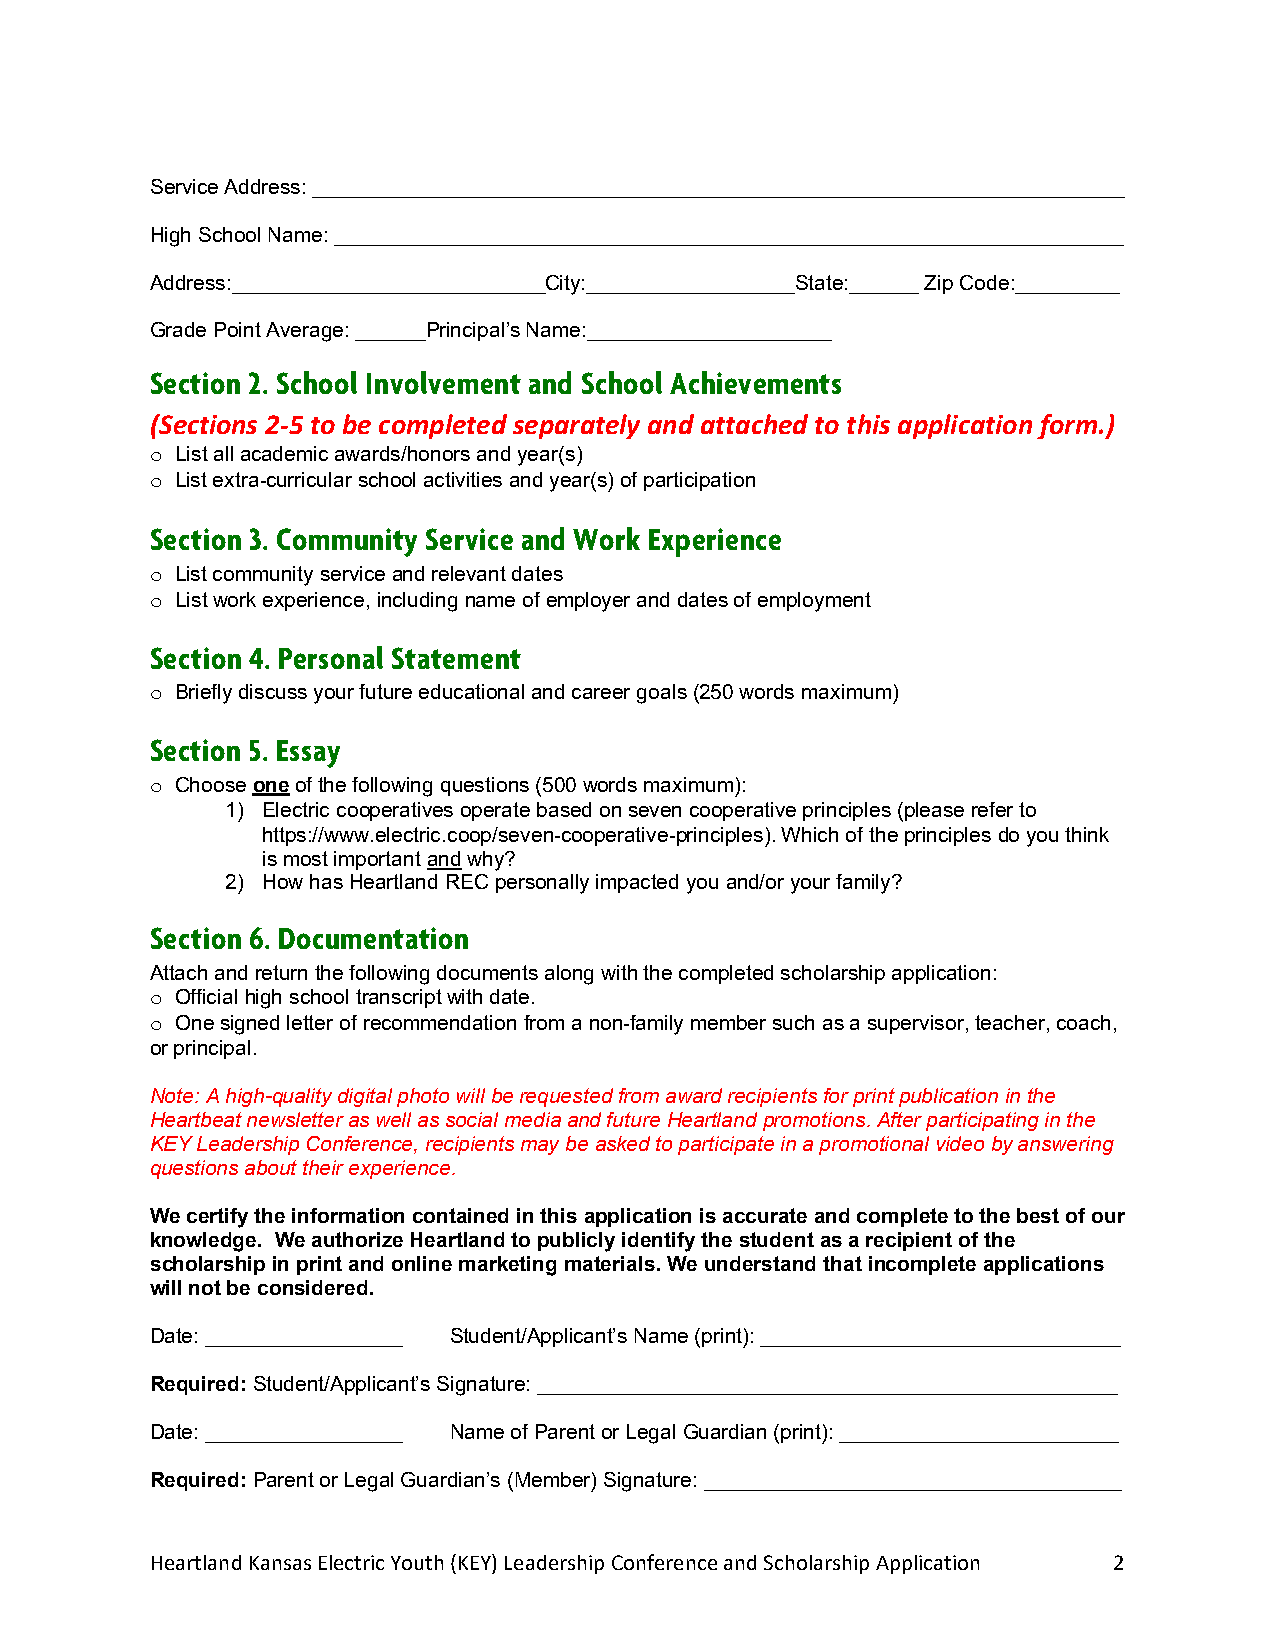
Service Address: ______________________________________________________________________
 High School Name: ____________________________________________________________________
 Address:___________________________City:__________________State:______ Zip Code:_________
 Grade Point Average: ______Principal’s Name:_____________________
 Section 2. School Involvement and School Achievements
 (Sections 2-5 to be completed separately and attached to this application form.)
 List all academic awards/honors and year(s)
 o
 List extra-curricular school activities and year(s) of participation
 o
 Section 3. Community Service and Work Experience
 List community service and relevant dates
 o
 List work experience, including name of employer and dates of employment
 o
 Section 4. Personal Statement
 Briefly discuss your future educational and career goals (250 words maximum)
 o
 Section 5. Essay
 Choose one of the following questions (500 words maximum):
 o
 1) Electric cooperatives operate based on seven cooperative principles (please refer to
 https://www.electric.coop/seven-cooperative-principles). Which of the principles do you think
 is most important and why?
 2) How has Heartland REC personally impacted you and/or your family?
 Section 6. Documentation
 Attach and return the following documents along with the completed scholarship application:
 Official high school transcript with date.
 o
 One signed letter of recommendation from a non-family member such as a supervisor, teacher, coach,
 o
 or principal.
 Note: A high-quality digital photo will be requested from award recipients for print publication in the
 Heartbeat newsletter as well as social media and future Heartland promotions. After participating in the
 KEY Leadership Conference, recipients may be asked to participate in a promotional video by answering
 questions about their experience.
 We certify the information contained in this application is accurate and complete to the best of our
 knowledge. We authorize Heartland to publicly identify the student as a recipient of the
 scholarship in print and online marketing materials. We understand that incomplete applications
 will not be considered.
 Date: _________________ Student/Applicant’s Name (print): _______________________________
 Required: Student/Applicant’s Signature: __________________________________________________
 Date: _________________ Name of Parent or Legal Guardian (print): ________________________
 Required: Parent or Legal Guardian’s (Member) Signature: ____________________________________
 Heartland Kansas Electric Youth (KEY) Leadership Conference and Scholarship Application 2